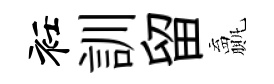
衽訓留贏